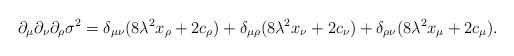
LaTeX: \begin{align*}\partial_\mu\partial_\nu\partial_\rho\sigma^2=\delta_{\mu\nu}(8\lambda^2x_\rho+2c_\rho)+\delta_{\mu\rho}(8\lambda^2x_\nu+2c_\nu)+\delta_{\rho\nu}(8\lambda^2x_\mu+2c_\mu).\end{align*}